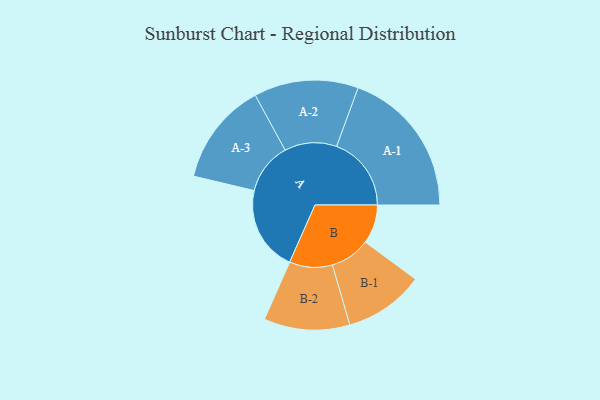
{"axis": {"x": "Segment", "y": "Value"}, "legend": ["", "A", "B"], "data": [{"x": "A", "y": 321, "type": ""}, {"x": "B", "y": 147, "type": ""}, {"x": "A-1", "y": 282, "type": "A"}, {"x": "A-2", "y": 197, "type": "A"}, {"x": "A-3", "y": 194, "type": "A"}, {"x": "B-1", "y": 151, "type": "B"}, {"x": "B-2", "y": 162, "type": "B"}]}